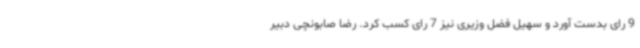
9 رای بدست آورد و سهیل فضل وزیری نیز 7 رای کسب کرد. رضا صابونچی دبیر